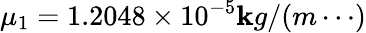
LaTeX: \mu_{1}=1.2048\times10^{-5}\mathbf{k}g/(m\cdots)